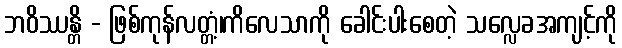
ဘဝိဿန္တိ - ဖြစ်ကုန်လတ္တံ့၊ကိလေသာကို ခေါင်းပါးစေတဲ့ သလ္လေခအကျင့်ကို